Investigations on Bengal jail dietaries - Number 37
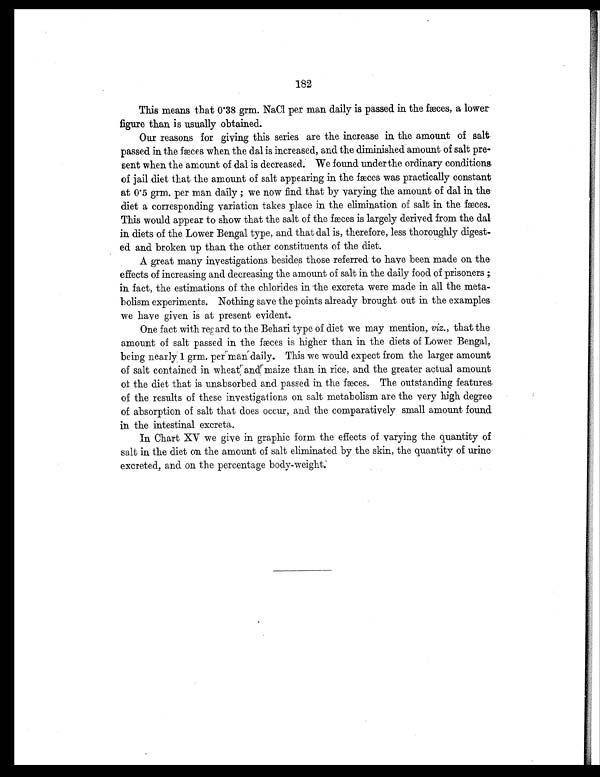
182
This means that 0.38 grm. NaCl per man daily is passed in the fæces, a lower
figure than is usually obtained.
Our reasons for giving this series are the increase in the amount of salt
passed in the fæces when the dal is increased, and the diminished amount of salt pre-
sent when the amount of dal is decreased. We found under the ordinary conditions
of jail diet that the amount of salt appearing in the fæces was practically constant
at 0.5 grm. per man daily ; we now find that by varying the amount of dal in the
diet a corresponding variation takes place in the elimination of salt in the fæces.
This would appear to show that the salt of the fæces is largely derived from the dal
in diets of the Lower Bengal type, and that dal is, therefore, less thoroughly digest-
ed and broken up than the other constituents of the diet.
A great many investigations besides those referred to have been made on the
effects of increasing and decreasing the amount of salt in the daily food of prisoners ;
in fact, the estimations of the chlorides in the excreta were made in all the meta-
bolism experiments. Nothing save the points already brought out in the examples
we have given is at present evident.
One fact with regard to the Behari type of diet we may mention, viz., that the
amount of salt passed in the fæces is higher than in the diets of Lower Bengal,
being nearly 1 grm. per man daily. This we would expect from the larger amount
of salt contained in wheat and maize than in rice, and the greater actual amount
of the diet that is unabsorbed and passed in the fæces. The outstanding features
of the results of these investigations on salt metabolism are the very high degree
of absorption of salt that does occur, and the comparatively small amount found
in the intestinal excreta.
In Chart XV we give in graphic form the effects of varying the quantity of
salt in the diet on the amount of salt eliminated by the skin, the quantity of urine
excreted, and on the percentage body-weight.